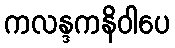
ကလန္ဒကနိဝါပေ